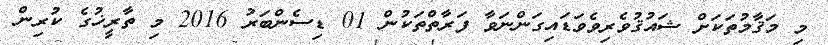
މި މަޤާމުތަކަށް ޝައުޤުވެރިވެވަޑައިގަންނަވާ ފަރާތްތަކުން 01 ޑިސެންބަރު 2016 މި ތާރީޚުގެ ކުރިން